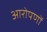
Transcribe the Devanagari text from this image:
आरोपणों